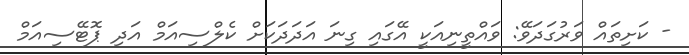
- ކަށިތައް ވަރުގަދަވޭ: ވައްތީނިއަކީ އޭގައި ގިނަ އަދަދަކަށް ކެލްސިއަމް އަދި ޕޮޓޭސިއަމް